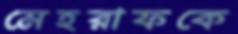
মেহরাফকে